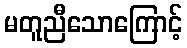
မတူညီသောကြောင့်